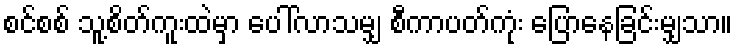
စင်စစ် သူ့စိတ်ကူးထဲမှာ ပေါ်လာသမျှ စီကာပတ်ကုံး ပြောနေခြင်းမျှသာ။